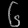
Digit: ၆